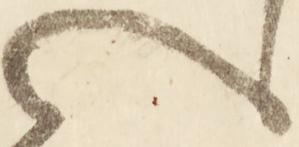
せ